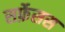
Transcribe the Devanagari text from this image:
सर्फ़ेसस